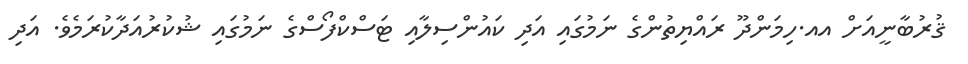
ޤުރުބާނީއަށް އއ.ހިމަންދޫ ރައްޔިތުންގެ ނަމުގައި އަދި ކައުންސިލާއި ޓަސްކްފޯސްގެ ނަމުގައި ޝުކުރުއަދާކުރަމެވެ. އަދި